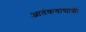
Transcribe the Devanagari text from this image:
आतंकवाद्यांशी